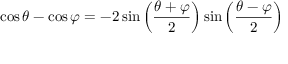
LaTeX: \cos \theta - \cos \varphi = - 2 \sin \left( { \frac { \theta + \varphi } { 2 } } \right) \sin \left( { \frac { \theta - \varphi } { 2 } } \right)